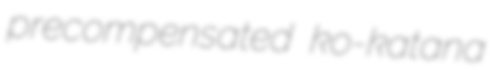
precompensated ko-katana